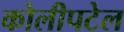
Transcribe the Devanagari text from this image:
कोलीपटेल